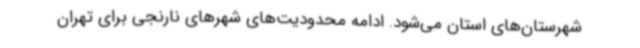
شهرستان‌های استان می‌شود. ادامه محدودیت‌های شهرهای نارنجی برای تهران